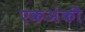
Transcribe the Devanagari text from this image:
एकअंकी